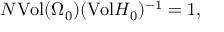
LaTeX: N \mathrm { V o l } ( \Omega _ { 0 } ) ( \mathrm { V o l } { \cal H _ { 0 } } ) ^ { - 1 } = 1 ,